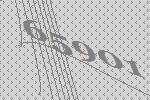
65901